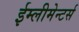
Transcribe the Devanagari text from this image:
ईम्लीमेन्टर्स